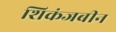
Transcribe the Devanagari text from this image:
शिकंजबीन